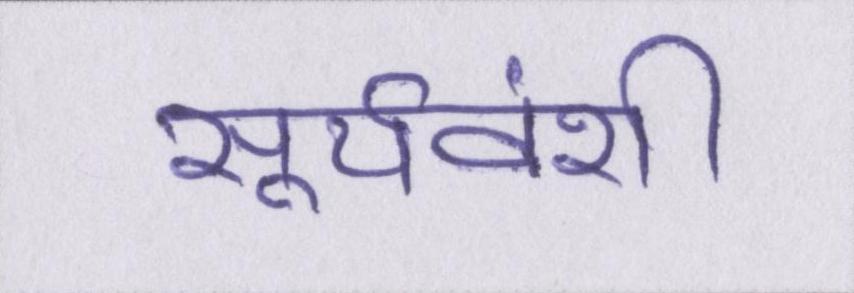
सूर्यवंशी